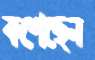
কশেছেন